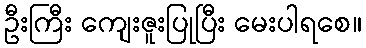
ဦးကြီး ကျေးဇူးပြုပြီး မေးပါရစေ။